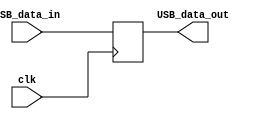
module USB_Controller (
    input wire clk,
    input wire USB_data_in,
    output reg USB_data_out
);

reg [7:0] data_reg;

always @ (posedge clk) begin
    data_reg <= USB_data_in;
    
    // Timing logic for generating clock cycles
    // Synchronization logic for aligning data signals
    
    // Protocol-specific timing constraints
    
    // Data integrity synchronization logic
    
    // Handshaking signal management
    
    // Additional control and synchronization logic
    
end

assign USB_data_out = data_reg;

endmodule